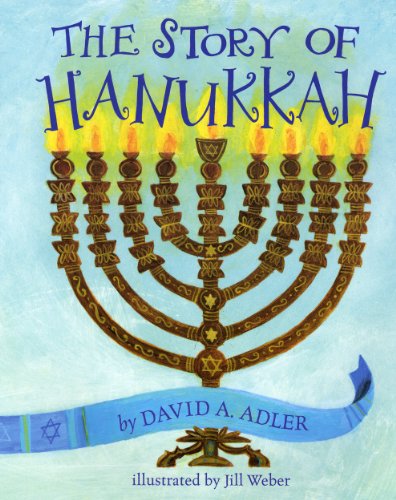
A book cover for The Story of Hanukkah; David A. Adler; Children's Books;